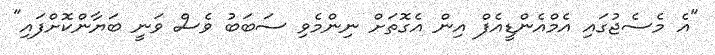
"އެ މެސެޖުގައި އެމްއެންޑީއެފް އިން އެގޮތަށް ނިންމެވި ސަބަބު ވެސް ވަނީ ބަޔާންކޮށްފައި"